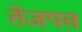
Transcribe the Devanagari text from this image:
तेजपत